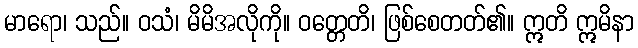
မာရော၊ သည်။ ဝသံ၊ မိမိအလိုကို။ ဝတ္တေတိ၊ ဖြစ်စေတတ်၏။ ဣတိ ဣမိနာ